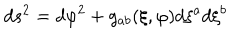
d s ^ { 2 } = d \varphi ^ { 2 } + g _ { a b } ( \xi , { \varphi } ) d \xi ^ { a } d \xi ^ { b }